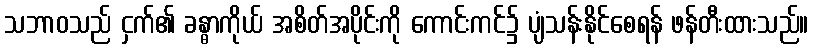
သဘာဝသည် ငှက်၏ ခန္ဓာကိုယ် အစိတ်အပိုင်းကို ကောင်းကင်၌ ပျံသန်းနိုင်စေရန် ဖန်တီးထားသည်။